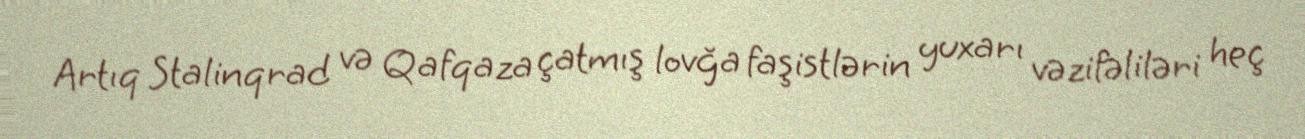
Artıq Stalinqrad və Qafqaza çatmış lovğa faşistlərin yuxarı vəzifəliləri heç